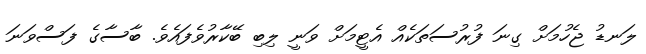
ލަނޑު ޖެހުމަށް ގިނަ ފުރުސަތަކެއް އެޓީމަށް ވަނީ ލިބި ބޭކާރުވެފައެވެ. ބާސާގެ ފަސްވަނަ